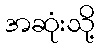
အဆုံးသို့